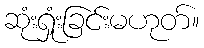
ဆုံးရှုံးခြင်းမဟုတ်။